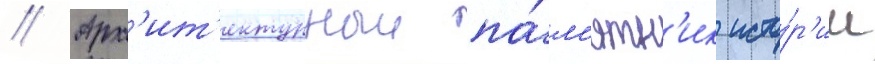
// Арх'ит'ектурныи па́м'ятн'ик исто́р'ии